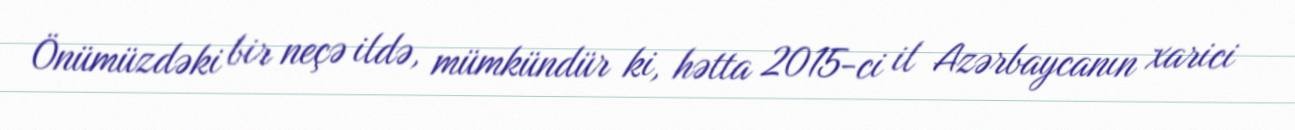
Önümüzdəki bir neçə ildə, mümkündür ki, hətta 2015-ci il Azərbaycanın xarici